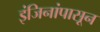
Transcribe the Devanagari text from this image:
इंजिनांपासून